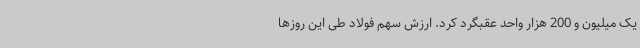
یک میلیون و 200 هزار واحد عقبگرد کرد. ارزش سهم فولاد طی این روزها